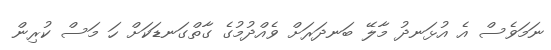
ނަމަވެސް އެ އުޅަނދު މާލޭ ބަނދަރަށް ވެއްދުމުގެ ގާތްގަނޑަކަށް ހަ މަސް ކުރިން